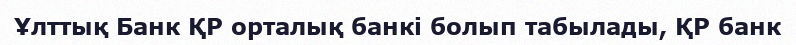
Ұлттық Банк ҚР орталық банкі болып табылады, ҚР банк